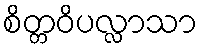
စိတ္တဝိပလ္လာသာ